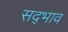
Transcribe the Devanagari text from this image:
सद्‍भाव